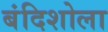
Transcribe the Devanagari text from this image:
बंदिशोला